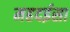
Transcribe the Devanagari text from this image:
महदईसा